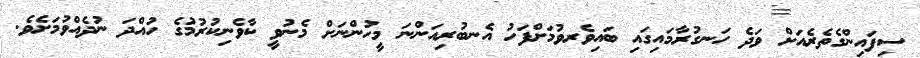
ސިފައިންގެތެރެއަށް ވަދެ ހަނގުރާމައިގައި ބައިވެރވުމަށްފަހު އެނބުރިއަންނަ މީހުންނަށް މެނުވީ ކާވެނިކުރުމުގެ ހުއްދަ ނުދެއްވުމަށެވެ.